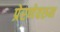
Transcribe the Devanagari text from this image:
प्रेरणेवरुन